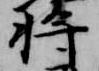
将